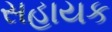
સહાયક